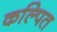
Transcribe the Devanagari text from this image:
कल्‍पित